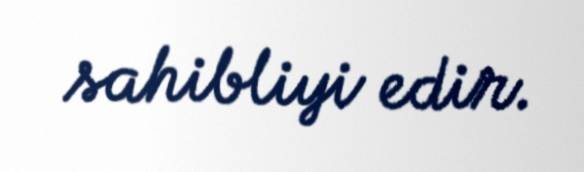
sahibliyi edir.